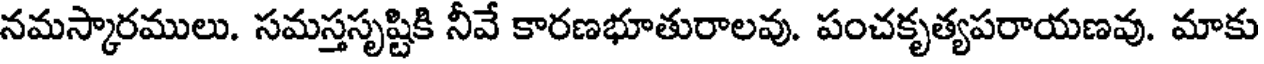
నమస్కారములు. సమస్తసృష్టికి నీవే కారణభూతురాలవు. పంచకృత్యపరాయణవు. మాకు